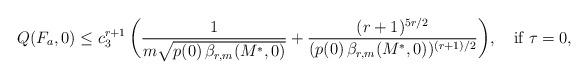
LaTeX: \begin{align*}Q(F_a, 0)\le c_3^{r+1}\,\biggl(\frac{1}{m\sqrt{p(0)\,\beta_{r,m}(M^*,0)}} +\frac{(r+1)^{5r/2}}{(p(0)\,\beta_{r,m}(M^*, 0))^{(r+1)/2}}\biggr),\quad\hbox{if }\tau=0, \end{align*}